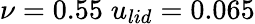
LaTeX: \nu=0.55\; u_{lid}=0.065